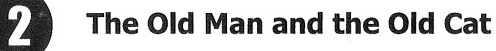
2 The old Man and the old Cat